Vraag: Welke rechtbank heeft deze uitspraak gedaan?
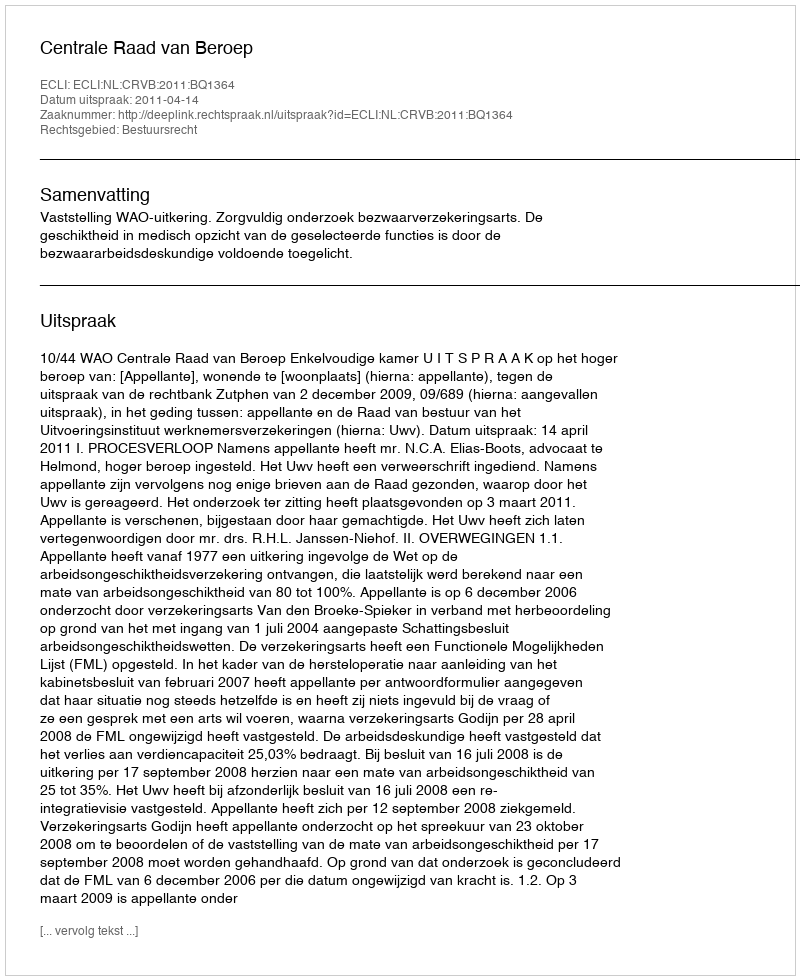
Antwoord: Centrale Raad van Beroep